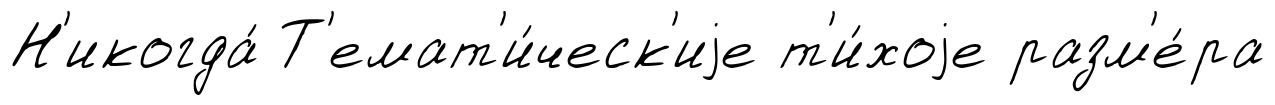
Н'икогда́ Т'емат'и́ческ'иjе т'и́хоjе разм'е́ра